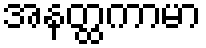
အနတ္ထကာမာ